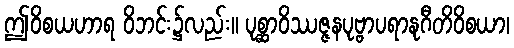
ဤဝိစယဟာရ ဝိဘင်း၌လည်း။ ပုစ္ဆာဝိဿဇ္ဇနပုဗ္ဗာပရာနုဂီတိဝိစယာ၊